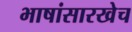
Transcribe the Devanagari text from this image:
भाषांसारखेच